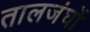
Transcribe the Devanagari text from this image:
तालजंघों